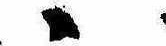
ゝ